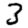
Digit: 3